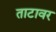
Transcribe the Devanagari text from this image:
ताटावर